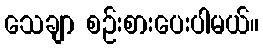
သေချာ စဉ်းစားပေးပါမယ်။